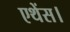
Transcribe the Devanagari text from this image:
एथेंस।